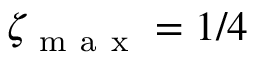
\zeta _ { \mathrm { ~ m ~ a ~ x ~ } } = 1 / 4